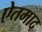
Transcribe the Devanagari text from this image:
ऐतमाद